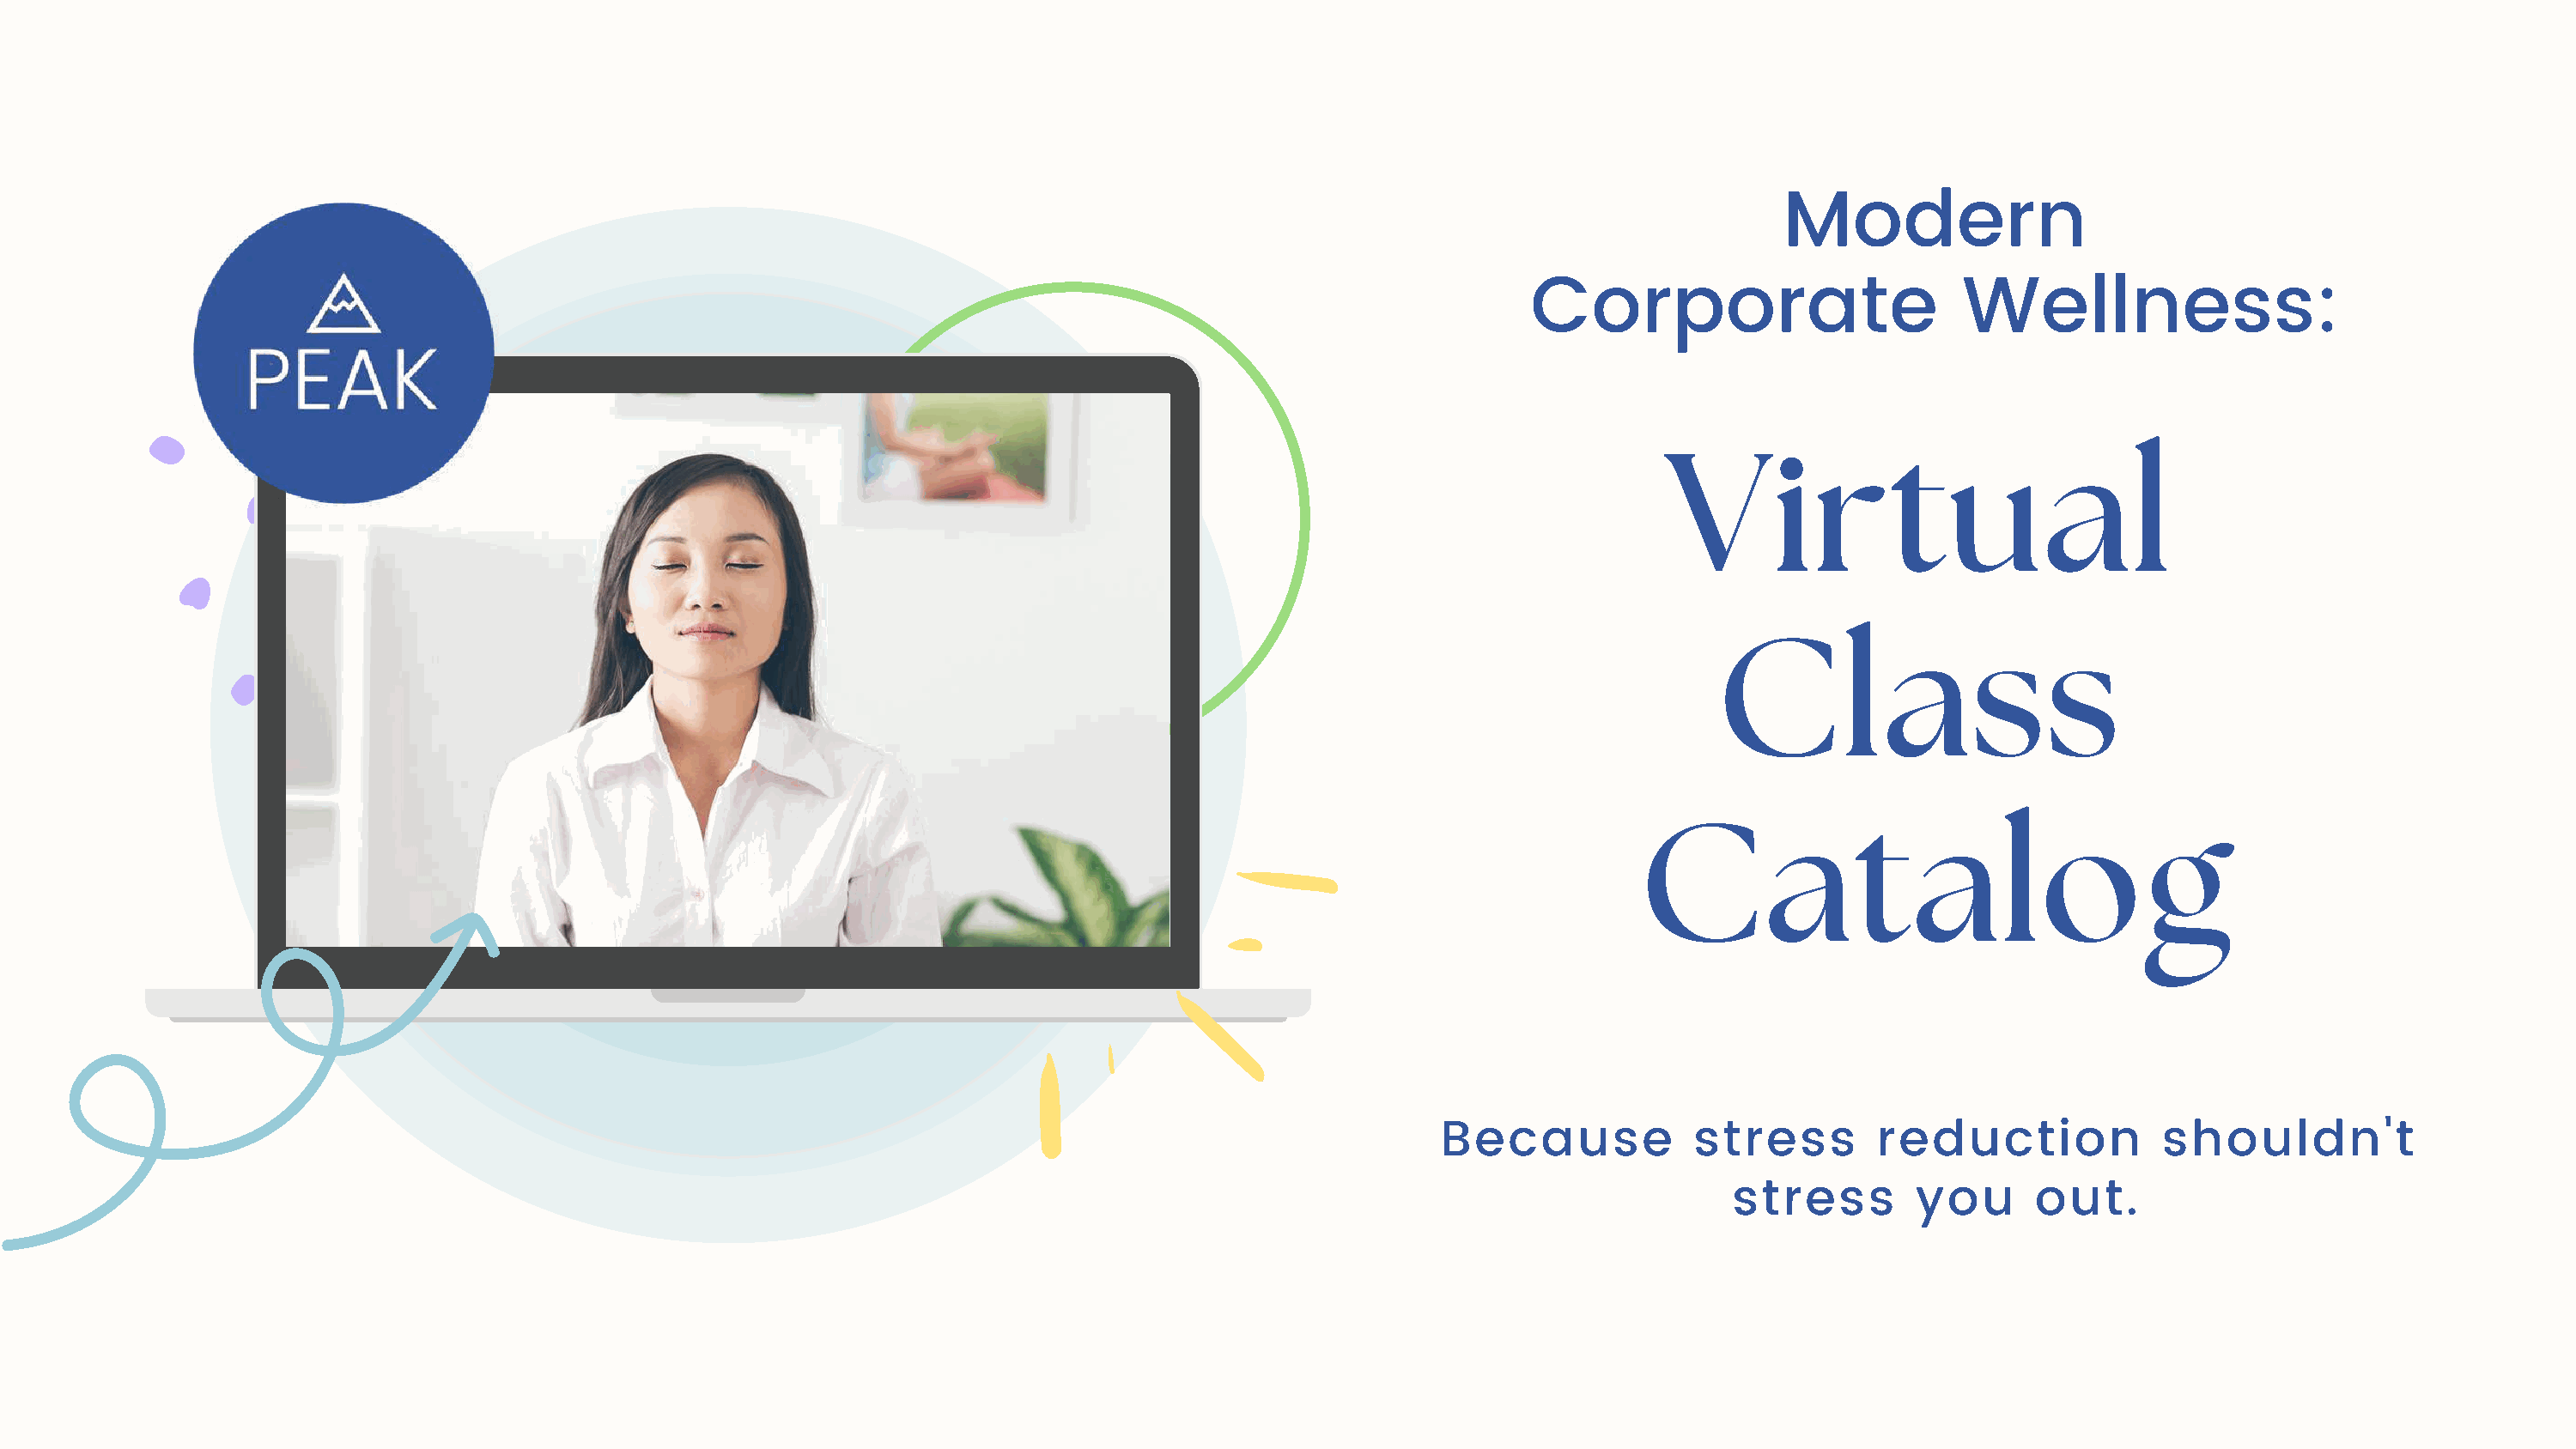
Modern
 Corporate                        Wellness:
 Virtual
 Class
 Catalog
 Because             stress        reduction             shouldn't
 stress        you      out.